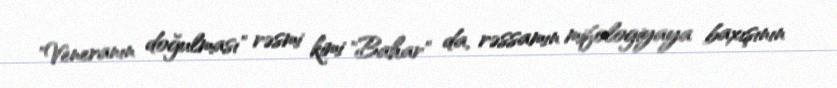
"Veneranın doğulması" rəsmi kimi "Bahar" da, rəssamın mifologiyaya baxışının